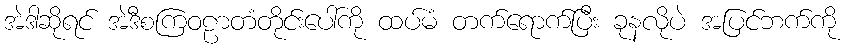
အဲဒါဆိုရင် အဲဒီစကြဝဠာတံတိုင်းပေါ်ကို ထပ်မံ တက်ရောက်ပြီး ခုနလိုပဲ အပြင်ဘက်ကို